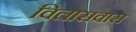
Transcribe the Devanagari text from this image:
विलासवास